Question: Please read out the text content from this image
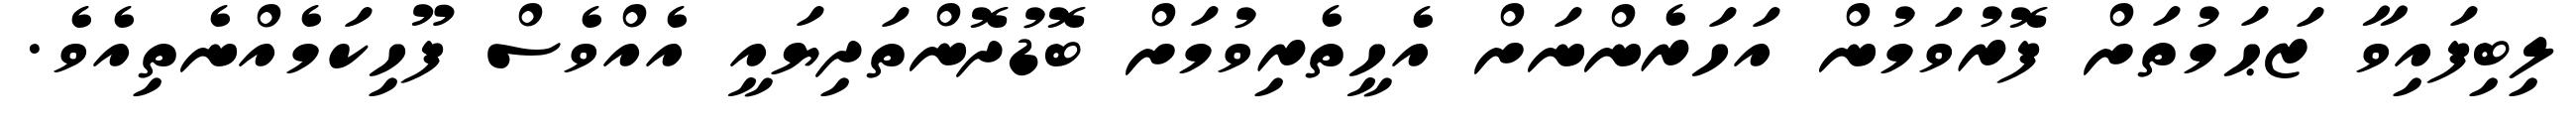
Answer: ލިބިފައިވާ ޒަޙަމުތަށް ފޮރުވަމުން އަހަރެންނަށް އެހީތެރިވުމަށް ބޮޑުދޮންތަދިޔައީ އެއްވެސް ފޫހިކަމެއްނެތިއެވެ.